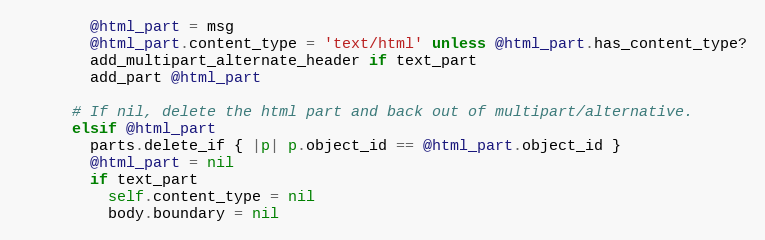
Language: Ruby
        @html_part = msg
        @html_part.content_type = 'text/html' unless @html_part.has_content_type?
        add_multipart_alternate_header if text_part
        add_part @html_part

      # If nil, delete the html part and back out of multipart/alternative.
      elsif @html_part
        parts.delete_if { |p| p.object_id == @html_part.object_id }
        @html_part = nil
        if text_part
          self.content_type = nil
          body.boundary = nil